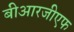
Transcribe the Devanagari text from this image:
बीआरजीएफ